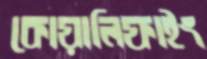
কোয়ালিফাইং